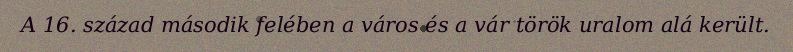
A 16. század második felében a város és a vár török uralom alá került.